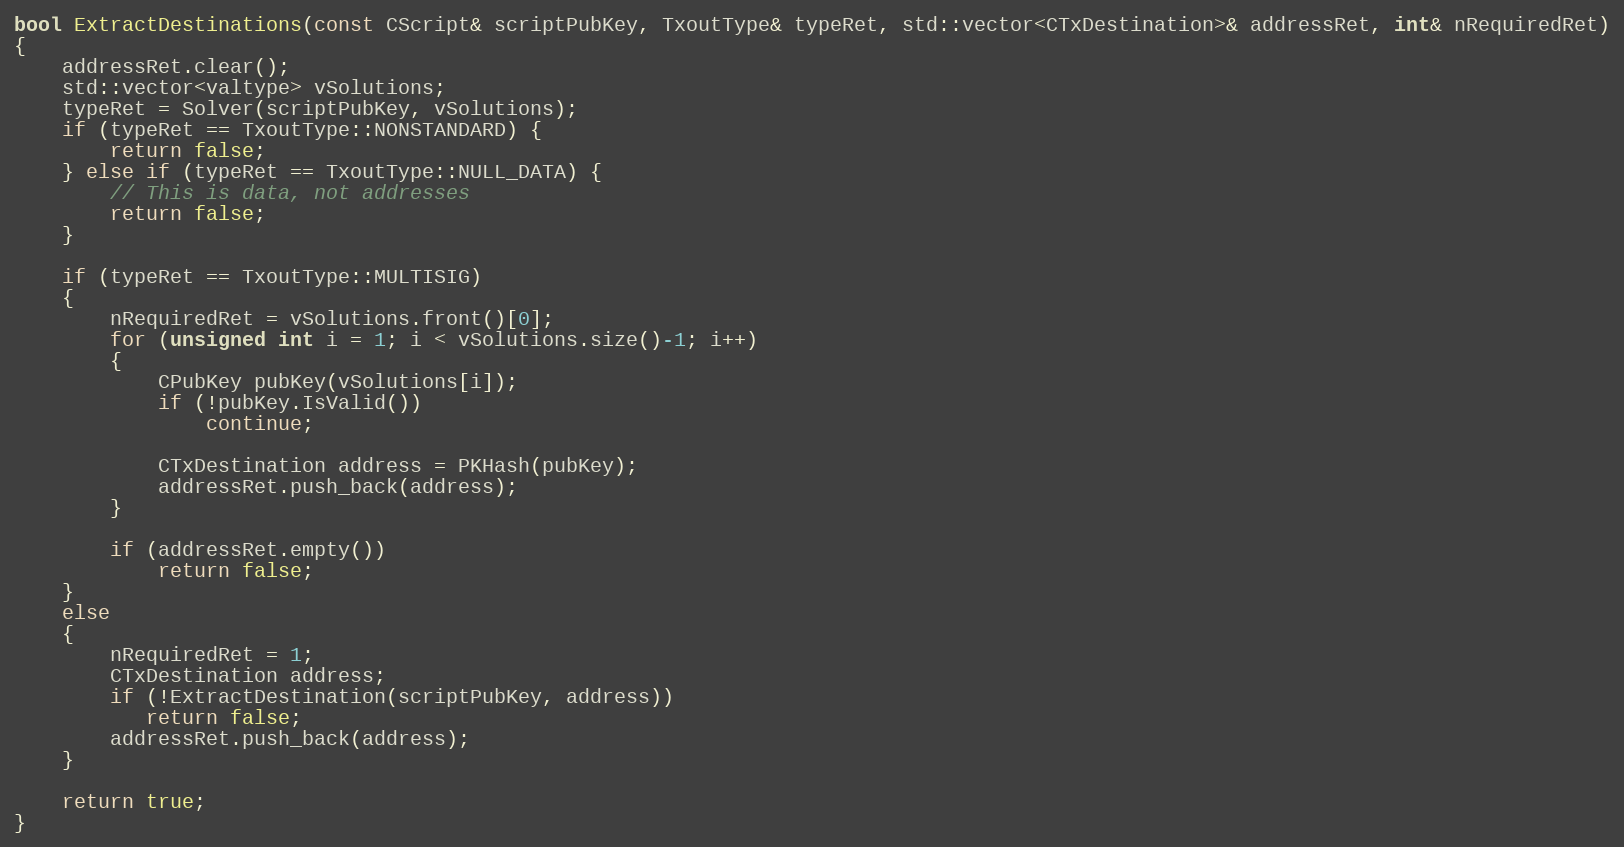
Language: C++
bool ExtractDestinations(const CScript& scriptPubKey, TxoutType& typeRet, std::vector<CTxDestination>& addressRet, int& nRequiredRet)
{
    addressRet.clear();
    std::vector<valtype> vSolutions;
    typeRet = Solver(scriptPubKey, vSolutions);
    if (typeRet == TxoutType::NONSTANDARD) {
        return false;
    } else if (typeRet == TxoutType::NULL_DATA) {
        // This is data, not addresses
        return false;
    }

    if (typeRet == TxoutType::MULTISIG)
    {
        nRequiredRet = vSolutions.front()[0];
        for (unsigned int i = 1; i < vSolutions.size()-1; i++)
        {
            CPubKey pubKey(vSolutions[i]);
            if (!pubKey.IsValid())
                continue;

            CTxDestination address = PKHash(pubKey);
            addressRet.push_back(address);
        }

        if (addressRet.empty())
            return false;
    }
    else
    {
        nRequiredRet = 1;
        CTxDestination address;
        if (!ExtractDestination(scriptPubKey, address))
           return false;
        addressRet.push_back(address);
    }

    return true;
}